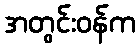
အတွင်းဝန်က